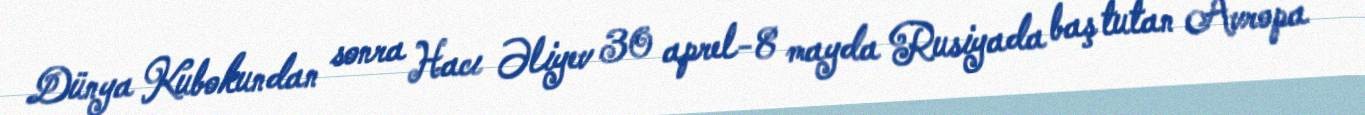
Dünya Kubokundan sonra Hacı Əliyev 30 aprel-8 mayda Rusiyada baş tutan Avropa